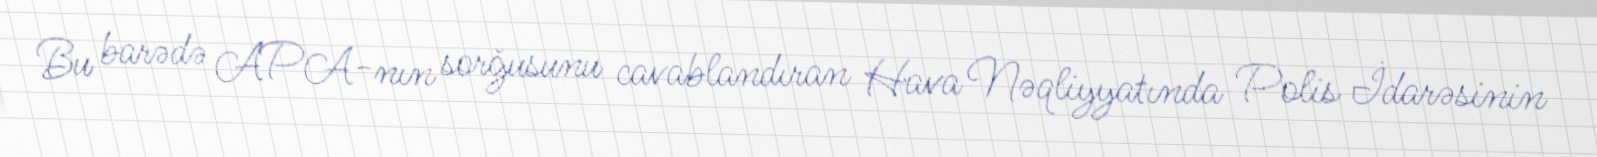
Bu barədə APA-nın sorğusunu cavablandıran Hava Nəqliyyatında Polis İdarəsinin